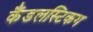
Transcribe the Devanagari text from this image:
कैंडलस्टिकग